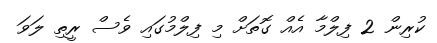
ކުރިން 2 ފިލްމާ އެއް ގޮތަށް މި ފިލްމުގައި ވެސް ރީތި ލަވަ